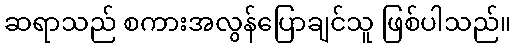
ဆရာသည် စကားအလွန်ပြောချင်သူ ဖြစ်ပါသည်။